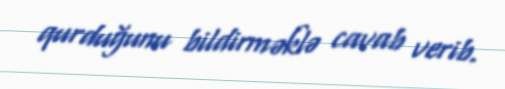
qurduğunu bildirməklə cavab verib.